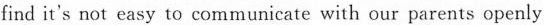
find it's not easy to communicate with our parents openly